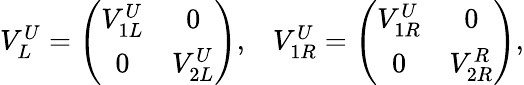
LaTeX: \begin{array}{cc}{{V_{L}^{U}=\left(\begin{array}{cc}{{V_{1L}^{U}}}&{{0}}\\ {{0}}&{{V_{2L}^{U}}}\end{array}\right),}}&{{V_{1R}^{U}=\left(\begin{array}{cc}{{V_{1R}^{U}}}&{{0}}\\ {{0}}&{{V_{2R}^{R}}}\end{array}\right),}}\end{array}